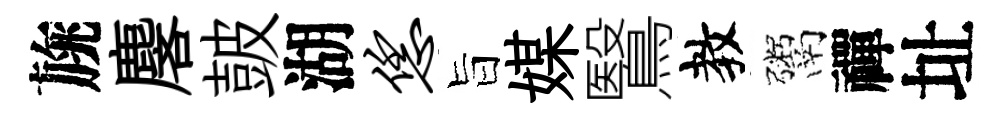
旐麐皷湖恁旨媒鷖教鬻禪址